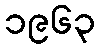
၁၉၆၃